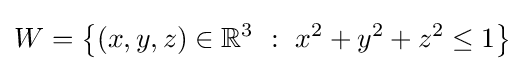
W=\left\{(x,y,z)\in \mathbb {R} ^{3}\ :\ x^{2}+y^{2}+z^{2}\leq 1\right\}